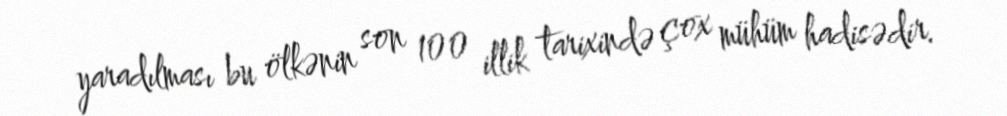
yaradılması bu ölkənin son 100 illik tarixində çox mühüm hadisədir.